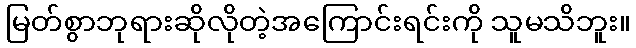
မြတ်စွာဘုရားဆိုလိုတဲ့အကြောင်းရင်းကို သူမသိဘူး။